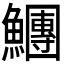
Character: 𩼯